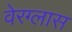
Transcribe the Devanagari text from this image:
वेरग्लास